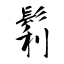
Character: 鬁